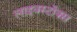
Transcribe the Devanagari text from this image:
लाइवस्टॉक्स